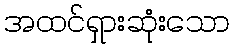
အထင်ရှားဆုံးသော